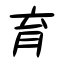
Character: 育